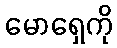
မောရှေကို